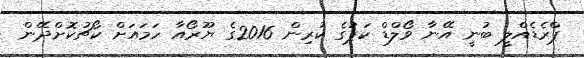
ޕްރެޑެއްލީ ބުނީ އޭނާ ވޯލްޑް ކަޕުގެ ކުރިން 2016ގެ ޔޫރޯއާ ހަމައަށް ކޯޗުކޮށްދޭން